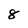
Character: 8